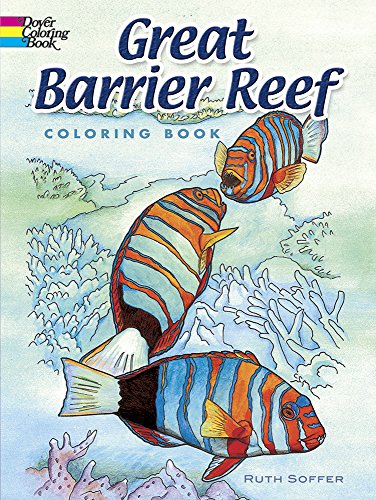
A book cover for Great Barrier Reef Coloring Book (Dover Nature Coloring Book); Ruth Soffer; Travel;